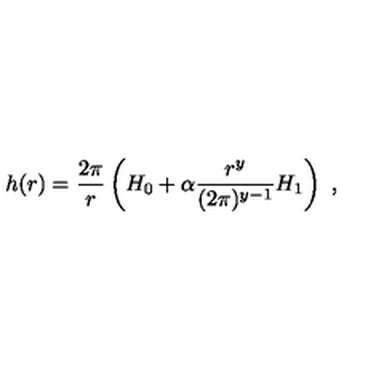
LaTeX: h ( r ) = \frac { 2 \pi } r \left( H _ { 0 } + \alpha \frac { r ^ { y } } { ( 2 \pi ) ^ { y - 1 } } H _ { 1 } \right) \ ,